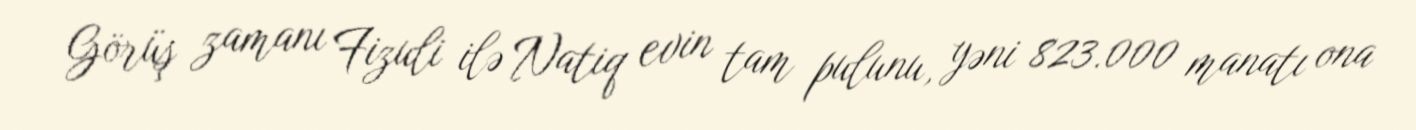
Görüş zamanı Fizuli ilə Natiq evin tam pulunu, yəni 823.000 manatı ona